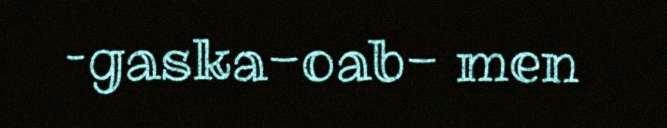
–gaska-oab- men